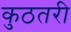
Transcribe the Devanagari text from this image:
कुठतरी